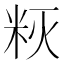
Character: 𰪳